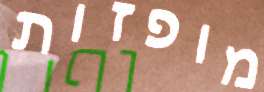
מופזות